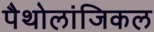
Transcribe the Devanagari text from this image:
पैथोलांजिकल